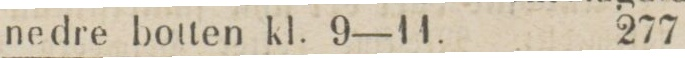
nedre botten kl. 9—11.    277